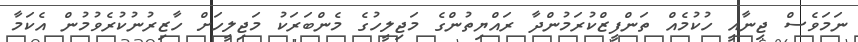
ނަމަވެސް ޖިނާއީ ހުކުމެއް ތަންފީޒްކުރަމުންދާ ރައްޔިތުންގެ މަޖިލީހުގެ މެންބަރަކު މަޖިލީހަށް ހާޒިރުނުކުރެވުމުން އެކަމާ